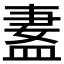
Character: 𬐢